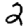
Digit: 2